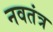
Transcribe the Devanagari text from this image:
नवतंत्र